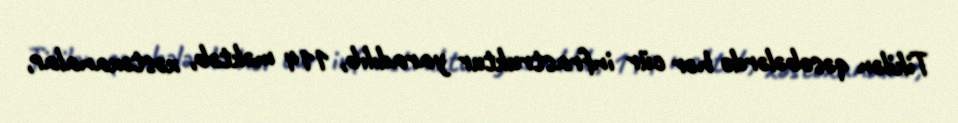
Tikilən qəsəbələrdə hər cür infrastruktur yaradılıb, 114 məktəb, xəstəxanalar,